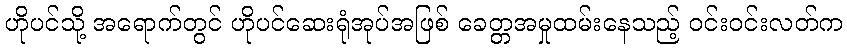
ဟိုပင်သို့ အရောက်တွင် ဟိုပင်ဆေးရုံအုပ်အဖြစ် ခေတ္တအမှုထမ်းနေသည့် ဝင်းဝင်းလတ်က